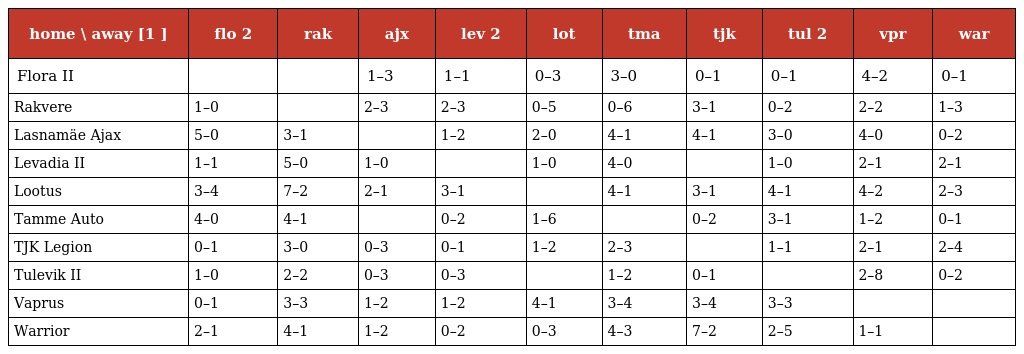
| home \ away [1 ] | flo 2 | rak | ajx | lev 2 | lot | tma | tjk | tul 2 | vpr | war |
 | --- | --- | --- | --- | --- | --- | --- | --- | --- | --- | --- |
 | Flora II |  |  | 1–3 | 1–1 | 0–3 | 3–0 | 0–1 | 0–1 | 4–2 | 0–1 |
 | Rakvere | 1–0 |  | 2–3 | 2–3 | 0–5 | 0–6 | 3–1 | 0–2 | 2–2 | 1–3 |
 | Lasnamäe Ajax | 5–0 | 3–1 |  | 1–2 | 2–0 | 4–1 | 4–1 | 3–0 | 4–0 | 0–2 |
 | Levadia II | 1–1 | 5–0 | 1–0 |  | 1–0 | 4–0 |  | 1–0 | 2–1 | 2–1 |
 | Lootus | 3–4 | 7–2 | 2–1 | 3–1 |  | 4–1 | 3–1 | 4–1 | 4–2 | 2–3 |
 | Tamme Auto | 4–0 | 4–1 |  | 0–2 | 1–6 |  | 0–2 | 3–1 | 1–2 | 0–1 |
 | TJK Legion | 0–1 | 3–0 | 0–3 | 0–1 | 1–2 | 2–3 |  | 1–1 | 2–1 | 2–4 |
 | Tulevik II | 1–0 | 2–2 | 0–3 | 0–3 |  | 1–2 | 0–1 |  | 2–8 | 0–2 |
 | Vaprus | 0–1 | 3–3 | 1–2 | 1–2 | 4–1 | 3–4 | 3–4 | 3–3 |  |  |
 | Warrior | 2–1 | 4–1 | 1–2 | 0–2 | 0–3 | 4–3 | 7–2 | 2–5 | 1–1 |  |